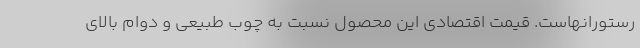
رستورانهاست. قیمت اقتصادی این محصول نسبت به چوب طبیعی و دوام بالای